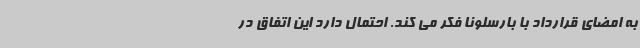
به امضای قرارداد با بارسلونا فکر می کند. احتمال دارد این اتفاق در